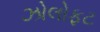
ઝોલોફટ